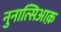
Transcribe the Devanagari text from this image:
नुनात्सिआक़